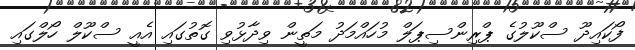
ފޯކައިދޫ ސްކޫލުގެ ޕްރިންސިޕަލް މުހައްމަދު މަތީން ވިދާޅުވި ގޮތުގައި އެއީ ސްކޫލް ހޯލްގައި